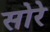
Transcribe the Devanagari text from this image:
सोरे